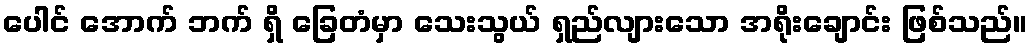
ပေါင် အောက် ဘက် ရှိ ခြေတံမှာ သေးသွယ် ရှည်လျားသော အရိုးချောင်း ဖြစ်သည်။